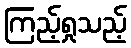
ကြည့်ရှုသည့်